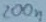
Text: 200n